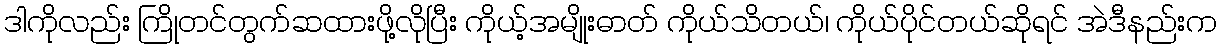
ဒါကိုလည်း ကြိုတင်တွက်ဆထားဖို့လိုပြီး ကိုယ့်အမျိုးဓာတ် ကိုယ်သိတယ်၊ ကိုယ်ပိုင်တယ်ဆိုရင် အဲဒီနည်းက